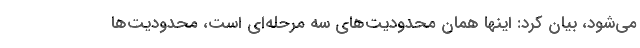
می‌شود، بیان کرد: اینها همان محدودیت‌های سه مرحله‌ای است، محدودیت‌ها